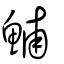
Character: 鯆